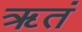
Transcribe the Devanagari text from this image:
ॠतं